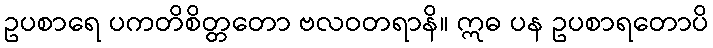
ဥပစာရေ ပကတိစိတ္တတော ဗလဝတရာနိ။ ဣဓ ပန ဥပစာရတောပိ